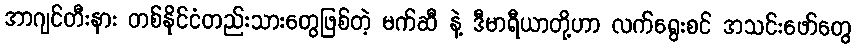
အာဂျင်တီးနား တစ်နိုင်ငံတည်းသားတွေဖြစ်တဲ့ မက်ဆီ နဲ့ ဒီမာရီယာတို့ဟာ လက်ရွေးစင် အသင်းဖော်တွေ